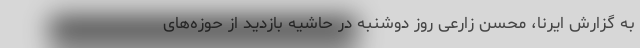
به گزارش ایرنا، محسن زارعی روز دوشنبه در حاشیه بازدید از حوزه‌های